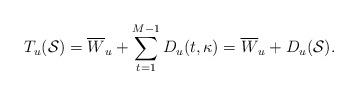
LaTeX: \begin{align*}T_u(\mathcal{S}) &= \overline{W}_u + \sum_{t=1}^{M-1} D_u(t,\kappa) = \overline{W}_u + D_u(\mathcal{S}).\end{align*}